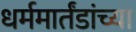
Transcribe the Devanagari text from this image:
धर्ममार्तंडांच्या